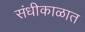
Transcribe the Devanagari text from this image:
संधीकाळात